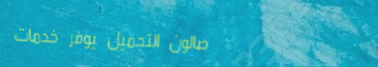
صالون التجميل يوفر خدمات